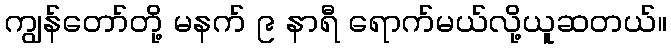
ကျွန်တော်တို့ မနက် ၉ နာရီ ရောက်မယ်လို့ယူဆတယ်။